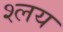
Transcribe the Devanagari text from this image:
श्लय